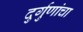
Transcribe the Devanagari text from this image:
दुर्गुणांचा